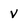
Character: v